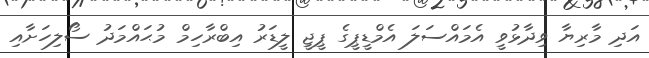
އަދި މާރިޔާ ވިދާޅުވީ އެމައްސަލަ އެމްޑީޕީގެ ޕީޖީ ލީޑަރު އިބްރާހިމް މުޙައްމަދު ސޯލިހަށާއި